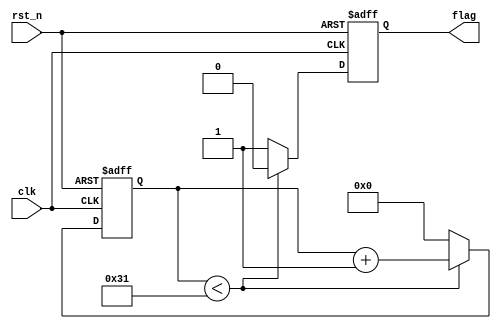
module pulse_us(clk, rst_n, flag);

	input clk, rst_n;

	output reg flag;
	
	reg [31:0] count;
	
	parameter CNT = 49; //1us, 50-1
	
	
	always @ (posedge clk or negedge rst_n)
	begin
		if (!rst_n)
			begin
				flag <= 0;
				count <= 0;
			end
		else
			begin
				if (count < CNT)
					begin
						count <= count + 1;
						flag <= 0;
					end
				else
					begin
						count <= 0;
						flag <= 1;
					end
					
			end
	end

endmodule